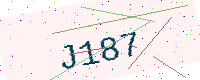
Text: J187